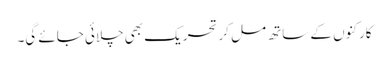
کارکنوں کے ساتھ مل کر تحریک بھی چلائی جائے گی۔